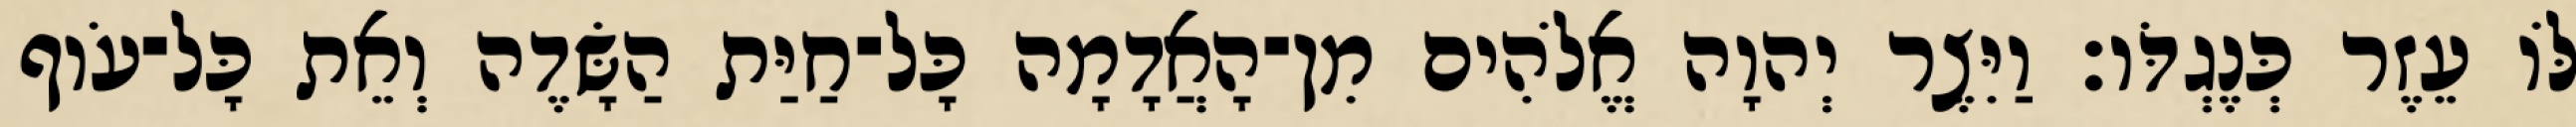
לֹּו עֵזֶר כְּנֶגְדֹּו׃ וַיִּצֶר יְהוָה אֱלֹהִים מִן־הָאֲדָמָה כָּל־חַיַּת הַשָּׂדֶה וְאֵת כָּל־עֹוף